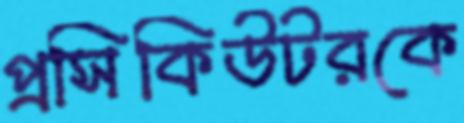
প্রসিকিউটরকে